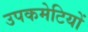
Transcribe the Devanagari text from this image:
उपकमेटियों